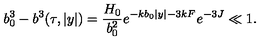
b _ { 0 } ^ { 3 } - b ^ { 3 } ( \tau , | y | ) = \frac { H _ { 0 } } { b _ { 0 } ^ { 2 } } e ^ { - k b _ { 0 } | y | - 3 k F } e ^ { - 3 J } \ll 1 .